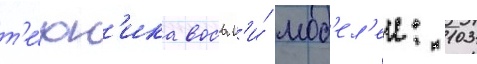
т'е́хн'ика восьм'и́ мод'ел'еи: 103